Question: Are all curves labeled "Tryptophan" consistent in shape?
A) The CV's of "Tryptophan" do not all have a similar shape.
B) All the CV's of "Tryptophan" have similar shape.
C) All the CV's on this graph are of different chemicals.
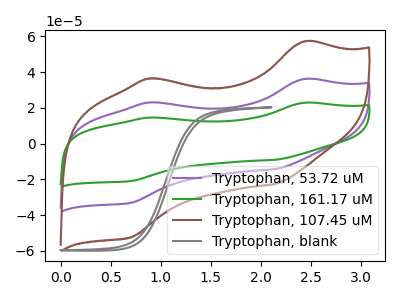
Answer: <think>The purple curve "Tryptophan, 53.72 uM" has anodic peaks at (2.45V, 36.15uA) (0.90V, 23.00uA) and cathodic peaks at (2.15V, -14.35uA) (0.70V, -33.10uA). The green curve "Tryptophan, 161.17 uM" has anodic peaks at (2.45V, 72.25uA) (0.90V, 46.00uA) and cathodic peaks at (2.15V, -28.70uA) (0.70V, -66.25uA). The brown curve "Tryptophan, 107.45 uM" has anodic peaks at (2.45V, 57.15uA) (0.90V, 36.40uA) and cathodic peaks at (2.15V, -22.70uA) (0.70V, -52.40uA). The gray curve "Tryptophan, blank" has no peaks.
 All the peaks in "Tryptophan, 53.72 uM" have a peak in "Tryptophan, 161.17 uM" at the same potential. Every peak in "Tryptophan, 53.72 uM" is lower than every peak in "Tryptophan, 161.17 uM". All the peaks in "Tryptophan, 53.72 uM" have a peak in "Tryptophan, 107.45 uM" at the same potential. Every peak in "Tryptophan, 53.72 uM" is lower than every peak in "Tryptophan, 107.45 uM". "Tryptophan, 53.72 uM" and "Tryptophan, blank" have a different number of peaks. All the peaks in "Tryptophan, 161.17 uM" have a peak in "Tryptophan, 107.45 uM" at the same potential. Every peak in "Tryptophan, 161.17 uM" is higher than every peak in "Tryptophan, 107.45 uM". "Tryptophan, 161.17 uM" and "Tryptophan, blank" have a different number of peaks. "Tryptophan, 107.45 uM" and "Tryptophan, blank" have a different number of peaks.</think>
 <answer>B) All the CV's of "Tryptophan" have similar shape.</answer>
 <eval>B</eval>